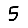
Digit: 5